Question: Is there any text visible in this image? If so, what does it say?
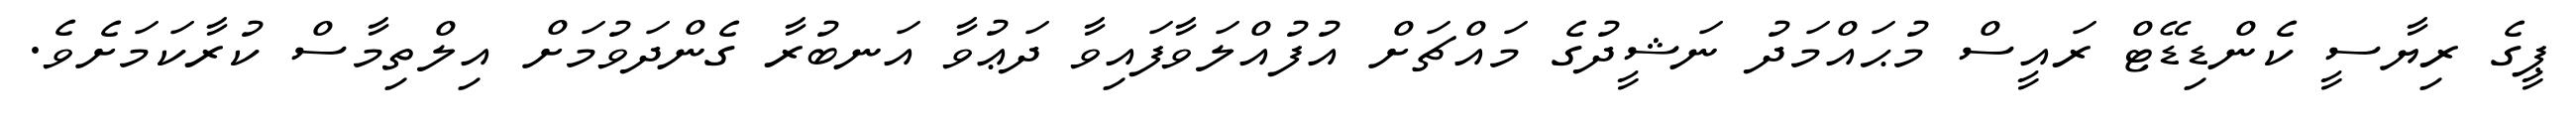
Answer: ޕީގެ ރިޔާސީ ކެންޑިޑޭޓް ރައީސް މުޙައްމަދު ނަޝީދުގެ މައްޗަށް އުފުއްލަވާފައިވާ ދަޢުވާ އަނބުރާ ގެންދަވުމަށް އިލްތިމާސް ކުރާކަމަށެވެ.